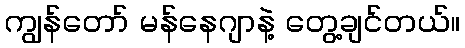
ကျွန်တော် မန်နေဂျာနဲ့ တွေ့ချင်တယ်။